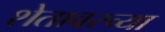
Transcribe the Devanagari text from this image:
शेतावरच्या